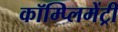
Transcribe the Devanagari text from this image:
कॉम्‍प्‍लिमेंट्री